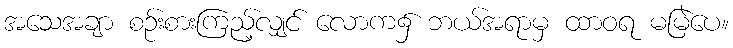
အသေအချာ စဉ်းစားကြည့်လျှင် လောက၌ ဘယ်အရာမှ ထာဝရ မမြဲပေ။